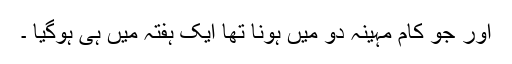
اور جو کام مہینہ دو میں ہونا تھا ایک ہفتہ میں ہی ہوگیا ۔